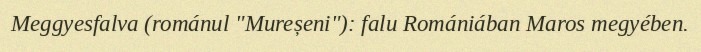
Meggyesfalva (románul "Mureșeni"): falu Romániában Maros megyében.